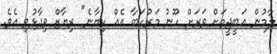
ލާމުން އަބީޖީތަށް ވަރަށް ހޫނު މަރުހަބާ އެއް ކިޔާނެ" ރިޔާޒް ވިދާޅުވި އެވެ.